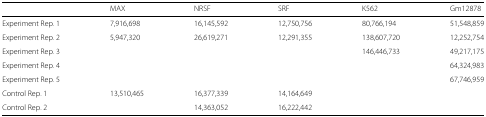
<table><thead><tr><td></td><td><b>MAX</b></td><td><b>NRSF</b></td><td><b>SRF</b></td><td><b>K562</b></td><td><b>Gm12878</b></td></tr></thead><tbody><tr><td>Experiment Rep. 1</td><td>7,916,698</td><td>16,145,592</td><td>12,750,756</td><td>80,766,194</td><td>51,548,859</td></tr><tr><td>Experiment Rep. 2</td><td>5,947,320</td><td>26,619,271</td><td>12,291,355</td><td>138,607,720</td><td>12,252,754</td></tr><tr><td>Experiment Rep. 3</td><td></td><td></td><td></td><td>146,446,733</td><td>49,217,175</td></tr><tr><td>Experiment Rep. 4</td><td></td><td></td><td></td><td></td><td>64,324,983</td></tr><tr><td>Experiment Rep. 5</td><td></td><td></td><td></td><td></td><td>67,746,959</td></tr><tr><td>Control Rep. 1</td><td>13,510,465</td><td>16,377,339</td><td>14,164,649</td><td></td><td></td></tr><tr><td>Control Rep. 2</td><td></td><td>14,363,052</td><td>16,222,442</td><td></td><td></td></tr></tbody></table>